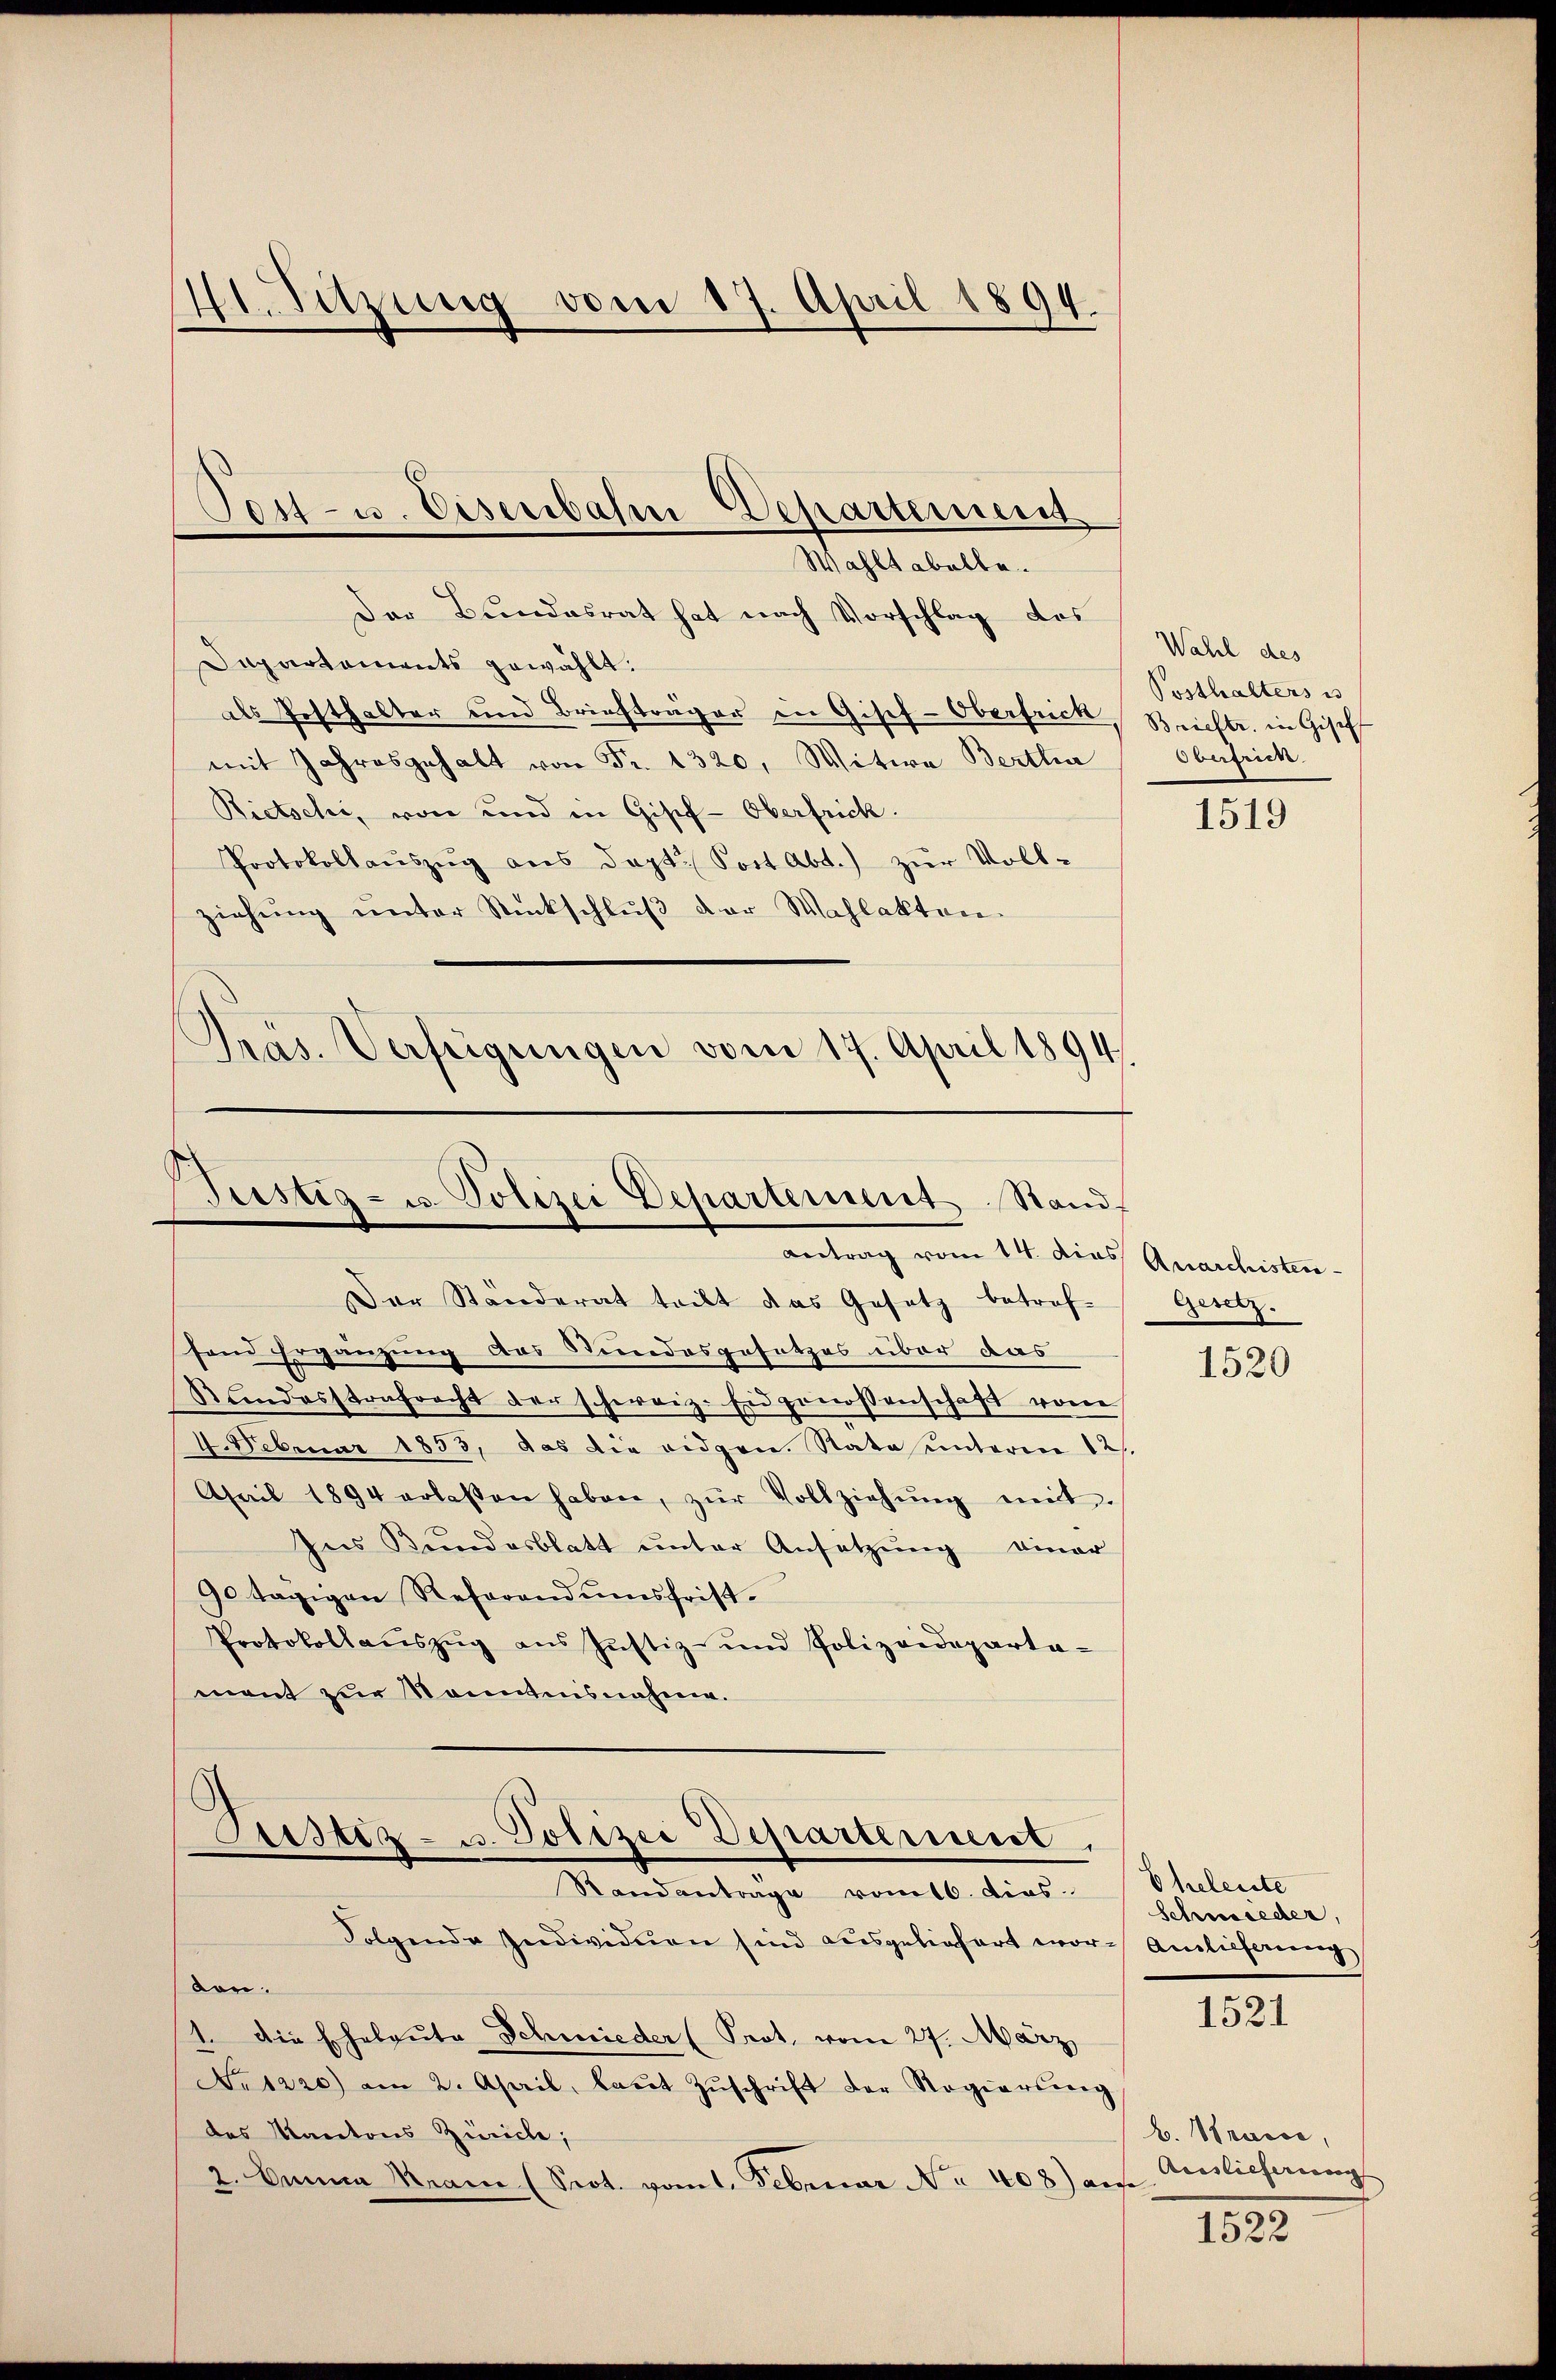
41. Sitzung vom 17. April 1894.

Der Bundesrat hat nach Vorschlag das
Dapartaments gewählt.
als Festhalter und Briefträger in Gisef-Oberfrick
mit Jahresgehalt von Fr. 1320, Witwe Bertha
Rietsche, von und in Gisef-Oberfrick.
Protokollaŭszŭg aŭs dept. Post Abt.) zŭr Voll-
ziehŭng ŭnter Rückschlŭβ der Wahlakten.
Pras. Verfügungen vom 17. April 1894.

Jost- u. Eisenbahn-Departement
Wahltabelle.

Justiz- u. Polizei Departement Stand
Antrag vom 14. dies Quarchisten

Der Ständerat teilt das Gesetz betref-
fond Ergänzung des Stundesgesetzes über das
Standesstrafracht der schweiz. Eidgenossenschaft vom
4. Februar 1853, das die eidgen. Rata unterm 12
April 1894 erlassen haben, zŭr Vollziehŭng mit.
Ins Bundesblatt unter Ansetzung einer
90 tägigen Referandumsfrist¬
Protokollaŭszŭg ans Justiz- und Polizeideparta-
mont zur Kenntnisnahme.

Justiz- u. Polizei Departement,
Randantrage vom 16. dies
Folgende Individuen sind ausgeliefert wor-Anlieferung

don.
1. Die Eheleute Schmieder (Prot. vom 27. März
No 1220) am 2. April, laŭt Zŭschrift der Regierŭng
das Kantons Zürich;
2. Banna Krain (Prot. vom 1. Februar No 408) auf

Wahl des
Posthalters u
Brieftr. in Gisel
Obertrich

1519

Gesetz.

1520

Eheleiste
Schmieder.

1521

b. Strasse,
Auslieferung |

1522